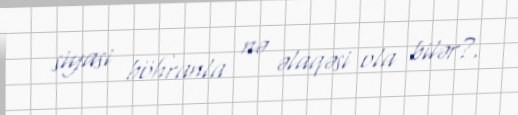
siyasi böhranla nə əlaqəsi ola bilər?.